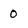
Character: 0